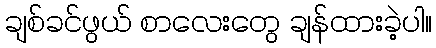
ချစ်ခင်ဖွယ် စာလေးတွေ ချန်ထားခဲ့ပါ။